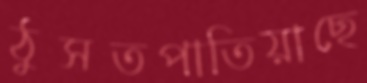
ঠুসতপাতিয়াছে